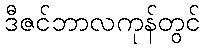
ဒီဇင်ဘာလကုန်တွင်